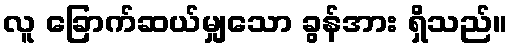
လူ ခြောက်ဆယ်မျှသော ခွန်အား ရှိသည်။